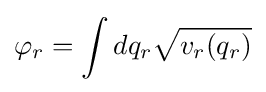
\varphi _{r}=\int dq_{r}{\sqrt {v_{r}(q_{r})}}